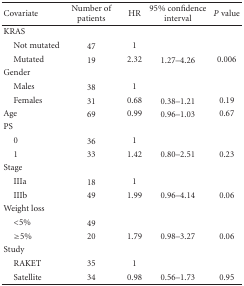
<table><thead><tr><td><b>Covariate</b></td><td><b>Number of patients</b></td><td><b>HR</b></td><td><b>95% confidence interval</b></td><td><b><i>P</i> value</b></td></tr></thead><tbody><tr><td>KRAS</td><td> </td><td> </td><td> </td><td> </td></tr><tr><td> Not mutated</td><td>47</td><td>1</td><td> </td><td> </td></tr><tr><td> Mutated</td><td>19</td><td>2.32</td><td>1.27–4.26</td><td>0.006</td></tr><tr><td>Gender</td><td> </td><td> </td><td> </td><td> </td></tr><tr><td> Males</td><td>38</td><td>1</td><td> </td><td> </td></tr><tr><td> Females</td><td>31</td><td>0.68</td><td>0.38–1.21</td><td>0.19</td></tr><tr><td>Age</td><td>69</td><td>0.99</td><td>0.96–1.03</td><td>0.67</td></tr><tr><td>PS </td><td> </td><td> </td><td> </td><td> </td></tr><tr><td> 0</td><td>36</td><td>1</td><td> </td><td> </td></tr><tr><td> 1</td><td>33</td><td>1.42</td><td>0.80–2.51</td><td>0.23</td></tr><tr><td>Stage </td><td> </td><td> </td><td> </td><td> </td></tr><tr><td> IIIa</td><td>18</td><td>1</td><td> </td><td> </td></tr><tr><td> IIIb</td><td>49</td><td>1.99</td><td>0.96–4.14</td><td>0.06</td></tr><tr><td>Weight loss</td><td> </td><td> </td><td> </td><td> </td></tr><tr><td> &lt;5%</td><td>49</td><td> </td><td> </td><td> </td></tr><tr><td> ≥5%</td><td>20</td><td>1.79</td><td>0.98–3.27</td><td>0.06</td></tr><tr><td>Study </td><td> </td><td> </td><td> </td><td> </td></tr><tr><td> RAKET</td><td>35</td><td>1</td><td> </td><td> </td></tr><tr><td> Satellite</td><td>34</td><td>0.98</td><td>0.56–1.73</td><td>0.95</td></tr></tbody></table>